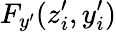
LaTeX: F_{y^{\prime}}(z_{i}^{\prime},y_{i}^{\prime})